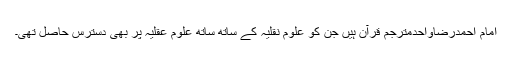
امام احمدرضاواحدمترجمِ قرآن ہیں جن کو علومِ نقلیہ کے ساتھ ساتھ علومِ عقلیہ پر بھی دسترس حاصل تھی۔